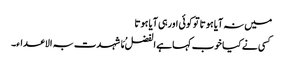
میں نہ آیا ہوتا توکوئی اورہی آیا ہوتا
کسی نے کیا خوب کہا ہے الفضلُ مَا شہدت بہ الاعداء۔